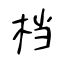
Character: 档